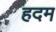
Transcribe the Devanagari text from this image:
हदम